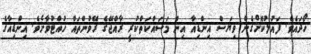
ހޯދައެވެ. ފައުލުކޮށްގެން ވިޔަސް އިންޑިއާ އިން މަސައްކަތްކުރީ ރާއްޖޭގެ ރޭވުންތައް ހުއްޓުވާށެވެ. އިންޑިއާގެ